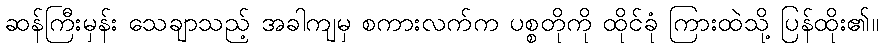
ဆန်ကြီးမှန်း သေချာသည့် အခါကျမှ စကားလက်က ပစ္စတိုကို ထိုင်ခုံ ကြားထဲသို့ ပြန်ထိုး၏။